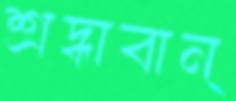
শ্রদ্ধাবান্‌